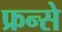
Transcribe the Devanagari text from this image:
फ्रन्से